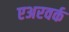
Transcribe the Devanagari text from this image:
एअरवर्क